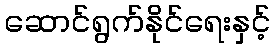
ဆောင်ရွက်နိုင်ရေးနှင့်